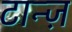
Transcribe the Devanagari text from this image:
टान्ज़